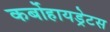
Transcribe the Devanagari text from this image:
कर्बोहायड्रेटस